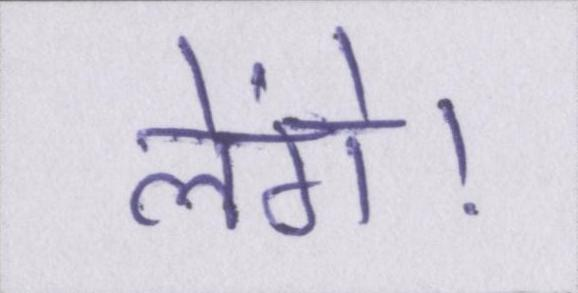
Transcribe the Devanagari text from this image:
लेंगे।